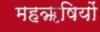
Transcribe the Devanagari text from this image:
महॠषियों